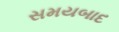
સમયબાદ